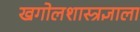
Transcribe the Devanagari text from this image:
खगोलशास्त्रज्ञाला